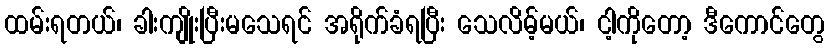
ထမ်းရတယ်၊ ခါးကျိုးပြီးမသေရင် အရိုက်ခံရပြီး သေလိမ့်မယ်၊ ငါ့ကိုတော့ ဒီကောင်တွေ